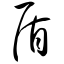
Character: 盾